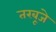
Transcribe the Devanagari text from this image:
तरबूजे